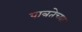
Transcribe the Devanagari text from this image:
पात्रतेच्या